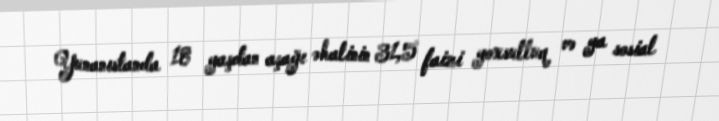
Yunanıstanda 18 yaşdan aşağı əhalinin 31,5 faizi yoxsulluq və ya sosial